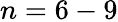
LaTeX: n=6-9